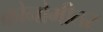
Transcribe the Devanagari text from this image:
क्रोनोमीतर